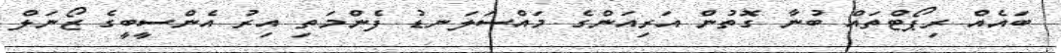
ބައެއް ރިޕޯޓްތައް ބުނާ ގޮތުން އަރިއަންގެ މައްސަލަނޑު ފެންމަތިި އިރު އެންސީބީގެ ޒޯނަލް